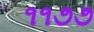
૧૧૭૭